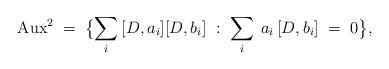
LaTeX: \begin{align*}{\rm Aux}^2\;=\;\bigl\{ \sum_i\,[D,a_i][D,b_i]\;:\;\sum_i\;a_i\,[D,b_i]\;=\;0\bigr\},\end{align*}